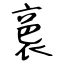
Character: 裛